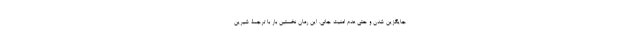
جایگزین شدن و حتی عدم امنیت جانی. این رمان نخستین بار با ترجمۀ شیرین